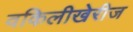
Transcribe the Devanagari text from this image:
वकिलीखेरीज